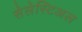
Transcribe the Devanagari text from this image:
सेलेस्टिअल